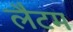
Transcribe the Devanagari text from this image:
लैटम